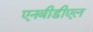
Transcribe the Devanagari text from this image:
एनबीडीएल